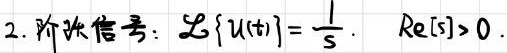
2. 阶跃信号：$\mathcal{L}\{u(t)\}=\frac{1}{s}, \quad \text{Re}[s]>0$。